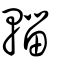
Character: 輜